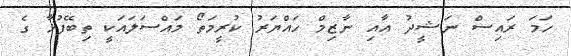
ހަމަ ރައިސް ނަޝީދު އާއި ނާޒިމް ހައްޔަރު ކުރީމަތޯ މައްސަލައަކީ ތިބޭފުޅާ ގެ